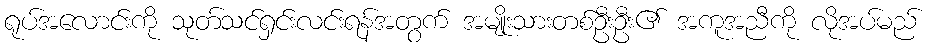
ရုပ်အလောင်းကို သုတ်သင်ရှင်းလင်းရန်အတွက် အမျိုးသားတစ်ဦးဦး၏ အကူအညီကို လိုအပ်မည်